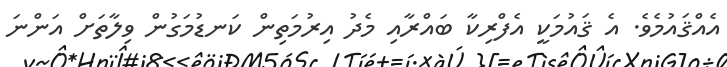
އެއްޤައުމެވެ. އެ ޤައުމަކީ އެފްރިކާ ބައްރާއި މެދު އިރުމަތިން ކަނޑުމަގުން ވިލާތަށް އަންނަ